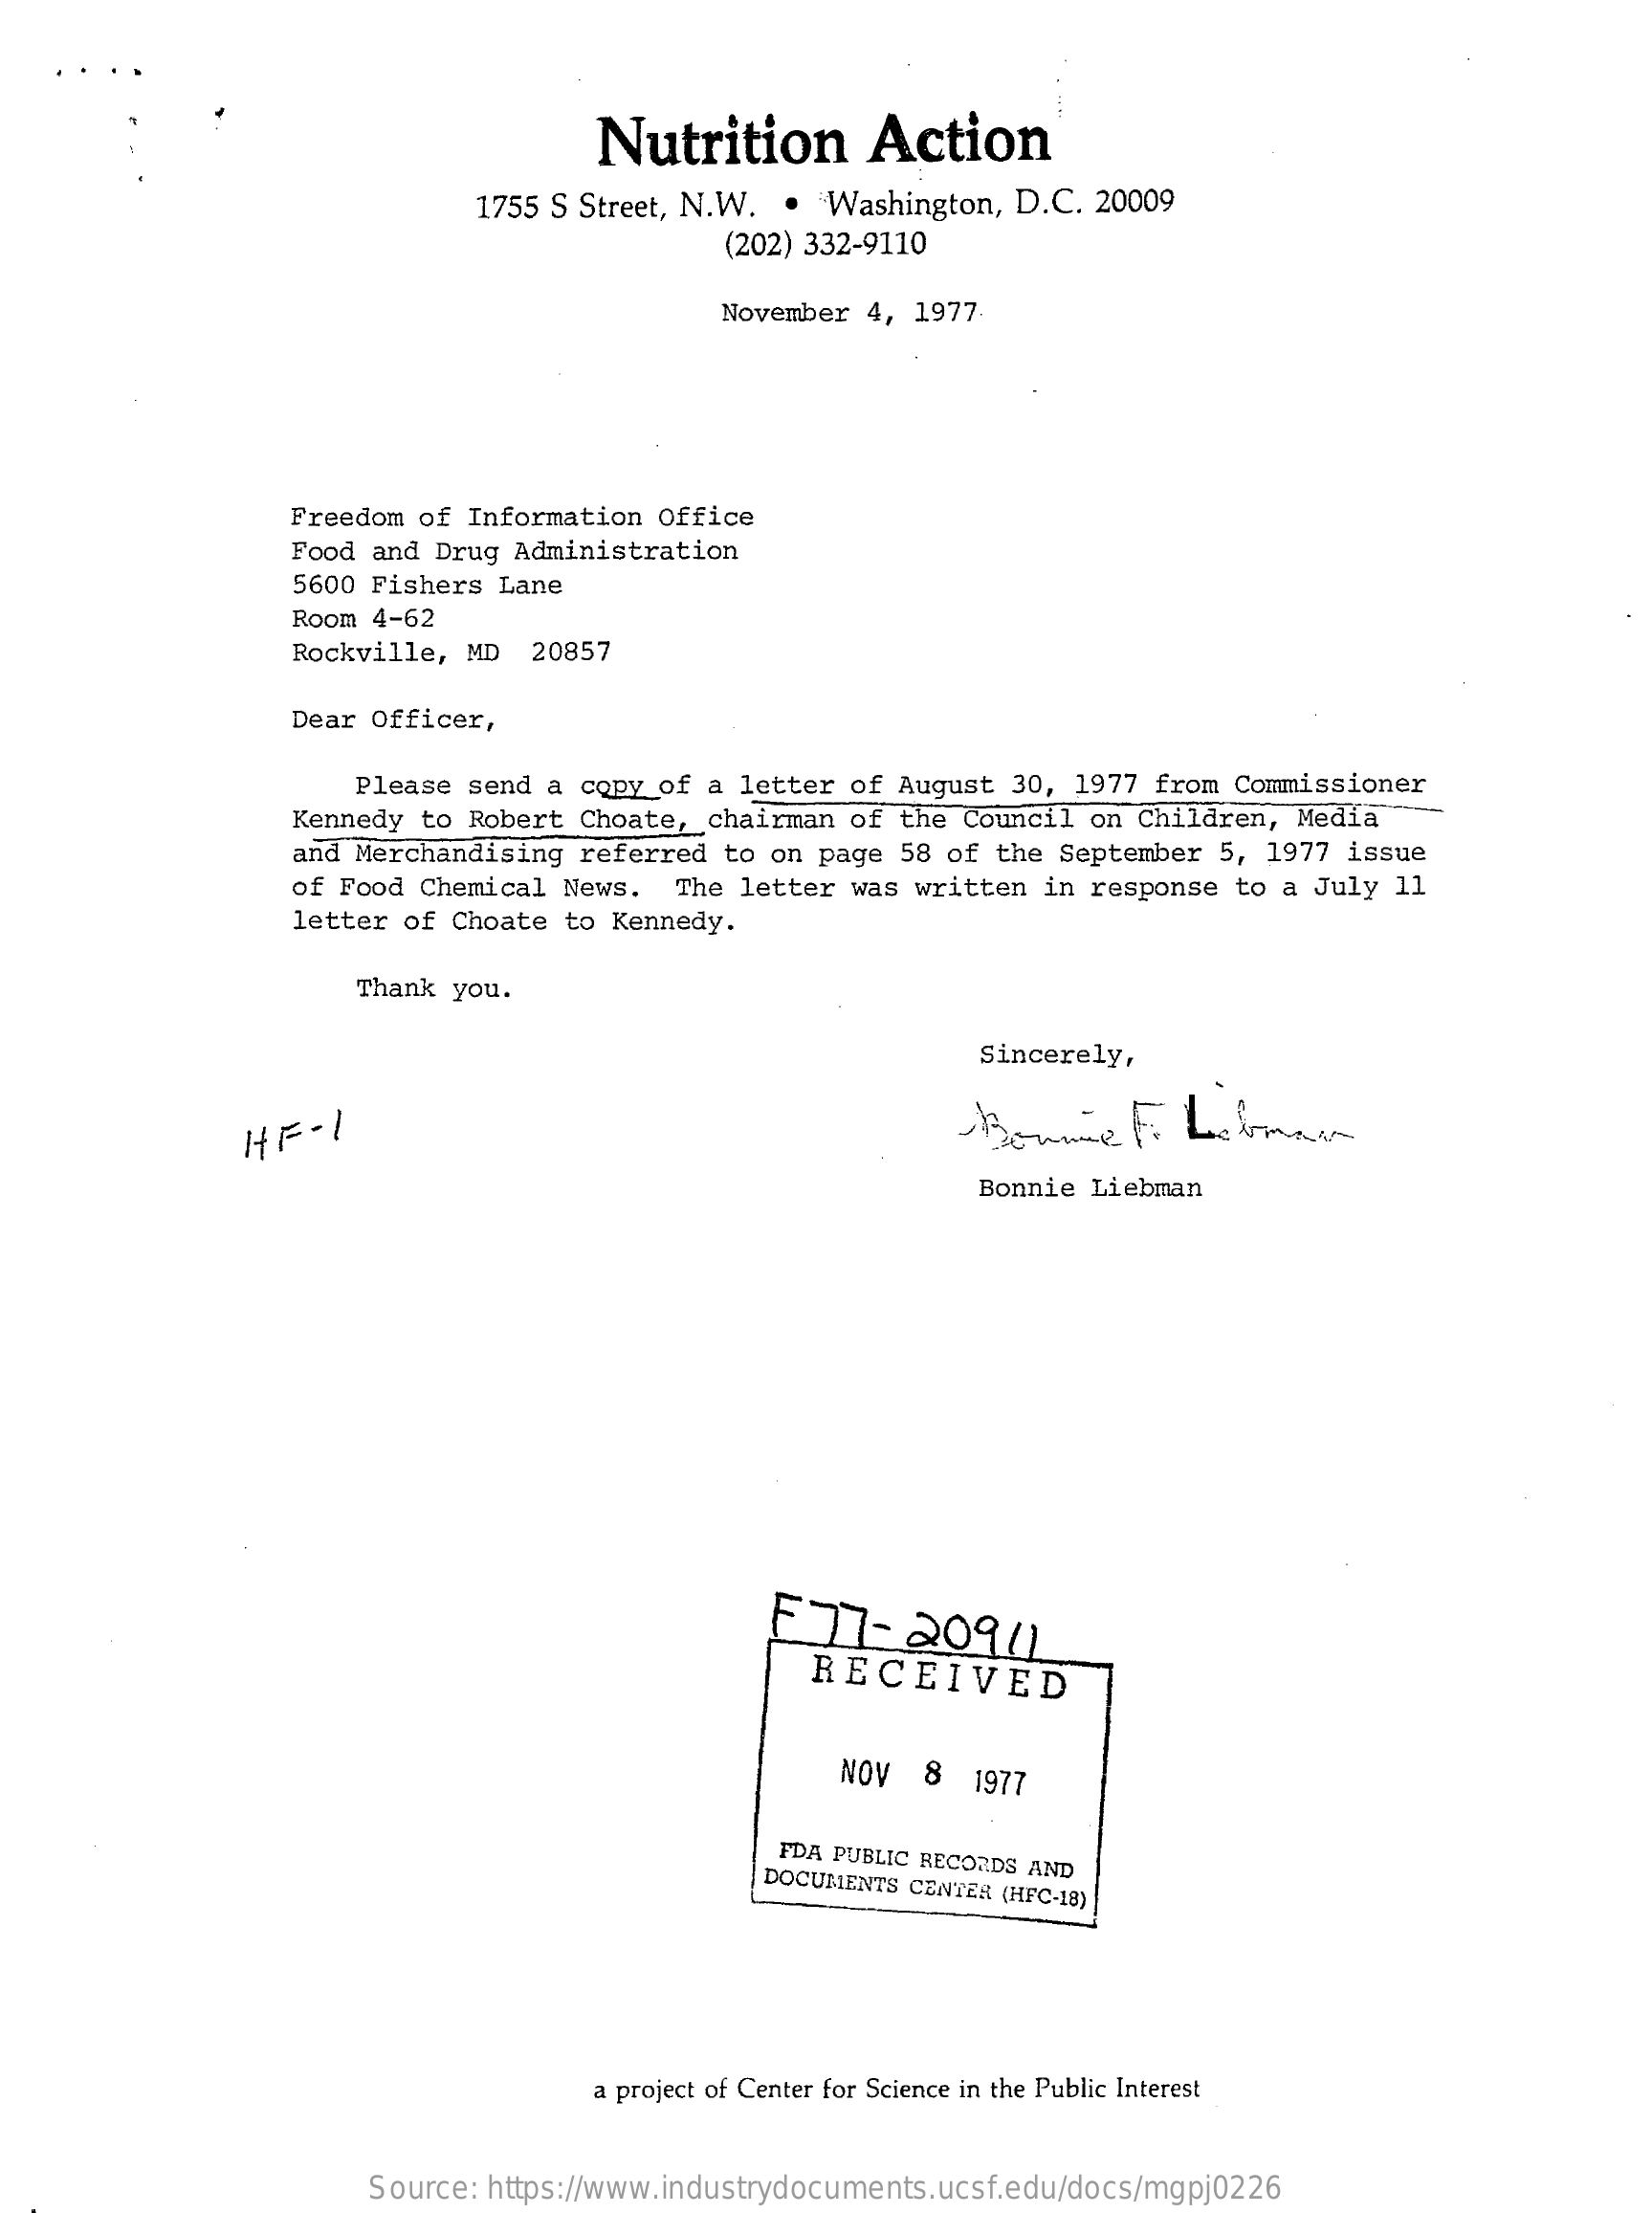
Nutrition    Action
     1755 S Street, N.W. .  Washington, D.C. 20009
     (202) 332-9110
     November 4, 1977
     Freedom of Information Office
     Food and Drug Administration
     5600 Fishers Lane
     Room 4-62
     Rockville, MD   20857
     Dear Officer,
     Please send a copy  of a letter of August 30,  1977 from Commissioner
     Kennedy to Robert Choate,  chairman of the Council on  Children, Media
     and Merchandising referred  to on page 58 of the  September 5, 1977 issue
     of Food Chemical News.  The letter was written  in response to a July 11
     letter of Choate  to Kennedy.
     Thank you.
     Sincerely,
     HF  -1
     Bonnie Liebman
     E77-20941
     RECEIVED
     NOV  8   1977
     FDA PUBLIC RECORDS AND DOCUMENTS CENTER (HFC-18)
     a project of Center for Science in the Public Interest
     Source: https://www.industrydocuments.ucsf.edu/docs/mgpj0226